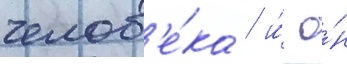
челов'е́ка / и́ о́н